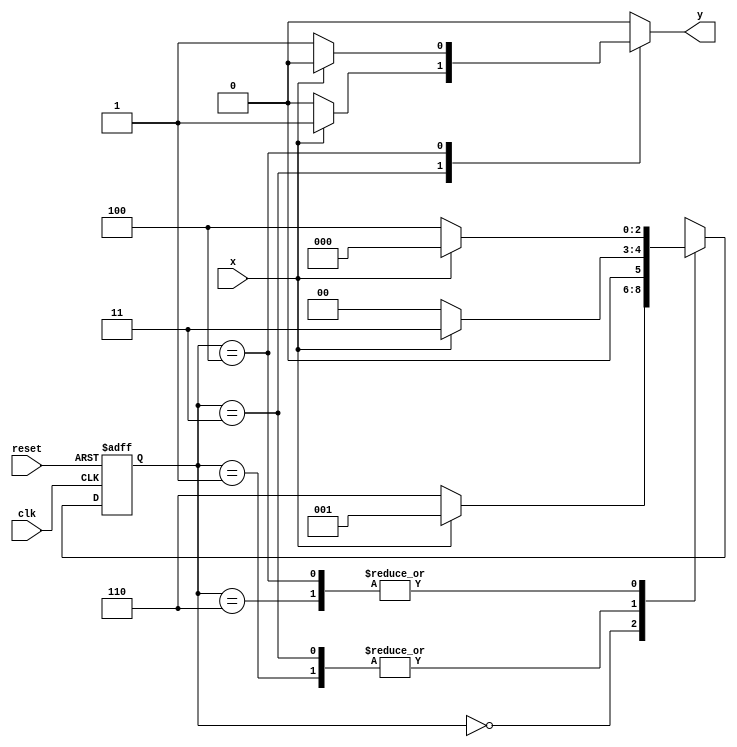
// Guia 10
// Karen Alves Pereira

// ---Exercicio 04 


 `define found    1
 `define notfound 0


 module exercicio4 ( y, x, clk, reset );

	output y;
	input  x;
	input  clk;
	input  reset;

	reg    y;

	parameter         
		start  = 3'b000,
		id1    = 3'b001,
		id11   = 3'b011,
		id0    = 3'b110,
		id00   = 3'b100;

	reg [2:0] E1;	
		reg [2:0] E2;	

	// next state logic
   always @( x or E1 )
		begin
		y = `notfound;

		case ( E1 )
			start:
				if ( x )
					E2 = id1;
				else
					E2 = id0;
				
			id1:
				if ( x )
					E2 = id11;
				else
					E2 = start;

			id11:
				if ( x )
				begin
					E2 =  id11;
					y  = `found;
				end
				else
				begin
					E2 =  start;
					y  = `notfound;
				end
			
			id0:
				if ( x )
					E2 = start;
				else
					E2 = id00;

			id00:
				if ( x )
				begin
					E2 =  start;
					y  = `notfound;
				end
				else
				begin
					E2 =  id00;
					y  = `found;
				end
	 
			default:  
				E2 =  3'bxxx;
		endcase
	  
		end 
		
	always @( posedge clk or negedge reset )
		begin
			if ( reset )
				E1 = E2;    
							else
				E1 = 0;     
		end // always at signal changing

 endmodule 

// --------------------
// --- TESTE
// --------------------

 module testeexercicio4;
	
	reg   clk, reset, x;
	wire  m1;

	exercicio4 M4 ( m1, x, clk, reset );

	initial
	begin
      $display("Karen Alves Pereira" );
      $display("Time\tX   Seq 000|111" );


       clk   = 1;
       reset = 0;
       x     = 0;


		#10   reset = 1;
		#10  x = 1;
		#10  x = 0;
		#10  x = 0;
		#10  x = 1;
		#10  x = 0;
		#10  x = 1;
		#10  x = 1;
		#10  x = 1;
		#10  x = 1;
		#10  x = 0;
		#10  x = 1;
		#10  x = 1;
		#10  x = 1;
		#10  x = 0;
		#10  x = 0;
		#10  x = 0;
		#10  x = 0;
		#10  x = 1;
		
		#5 $finish;
	
	end 

	always
		#5 clk = ~clk;

	always @( posedge clk )
	begin
		$display ( "%4d \t%b\t%b", $time, x, m1);
	end

endmodule